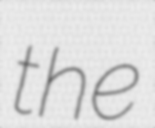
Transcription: the